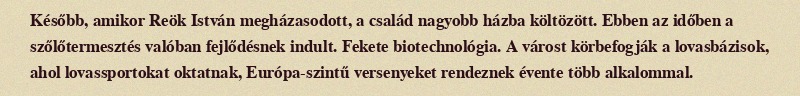
Később, amikor Reök István megházasodott, a család nagyobb házba költözött. Ebben az időben a szőlőtermesztés valóban fejlődésnek indult. Fekete biotechnológia. A várost körbefogják a lovasbázisok, ahol lovassportokat oktatnak, Európa-szintű versenyeket rendeznek évente több alkalommal.